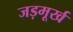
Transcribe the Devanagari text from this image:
जड़मूर्ख